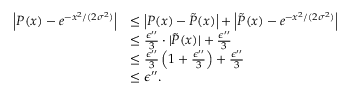
\begin{array} { r l } { \left| P ( x ) - e ^ { - x ^ { 2 } / ( 2 \sigma ^ { 2 } ) } \right| } & { \le \left| P ( x ) - \tilde { P } ( x ) \right| + \left| \tilde { P } ( x ) - e ^ { - x ^ { 2 } / ( 2 \sigma ^ { 2 } ) } \right| } \\ & { \le \frac { \epsilon ^ { \prime \prime } } { 3 } \cdot | \tilde { P } ( x ) | + \frac { \epsilon ^ { \prime \prime } } { 3 } } \\ & { \le \frac { \epsilon ^ { \prime \prime } } { 3 } \left( 1 + \frac { \epsilon ^ { \prime \prime } } { 3 } \right) + \frac { \epsilon ^ { \prime \prime } } { 3 } } \\ & { \le \epsilon ^ { \prime \prime } . } \end{array}